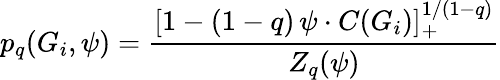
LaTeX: p_{q}(G_{i},\psi)=\frac{\left[1-(1-q)\, \psi\cdot C(G_{i})\right]_{+}^{1/(1-q)}}{Z_{q}(\psi)}